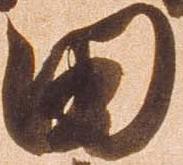
田